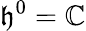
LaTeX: \mathfrak{h}^{0}=\mathbb{C}